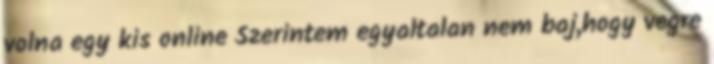
volna egy kis online Szerintem egyaltalan nem baj,hogy vegre